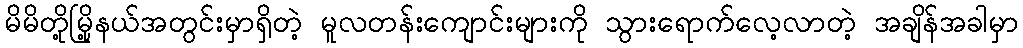
မိမိတို့မြို့နယ်အတွင်းမှာရှိတဲ့ မူလတန်းကျောင်းများကို သွားရောက်လေ့လာတဲ့ အချိန်အခါမှာ